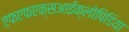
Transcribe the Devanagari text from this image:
एफएफएक्सआईक्लोपिडिया